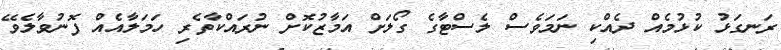
ރަނގަޅު ކުޅުމެއް ދެއްކި ނަމަވެސް ލެސްޓާގެ ގޯލަށް އަމާޒުކޮށް ނުރައްކާތެރި ހަމަލާއެއް ފޮނުވާލެވޭ